Annual report of the Madras Medical College
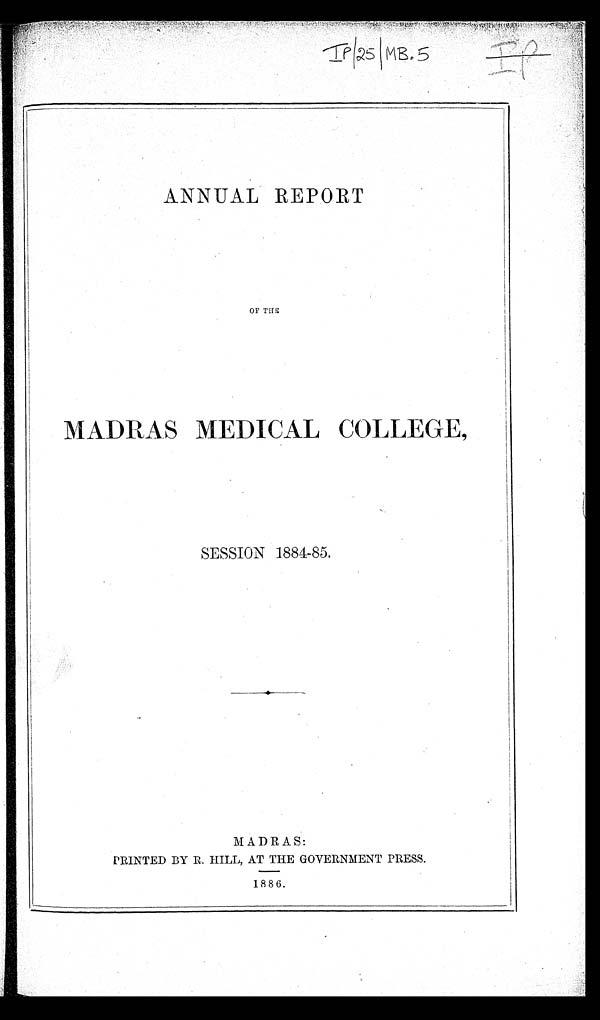
IP/25/MB.5
ANNUAL REPORT
OF THE
MADRAS MEDICAL COLLEGE,
SESSION 1884-85.
MADRAS:
PRINTED BY R. HILL, AT THE GOVERNMENT PRESS.
1886.